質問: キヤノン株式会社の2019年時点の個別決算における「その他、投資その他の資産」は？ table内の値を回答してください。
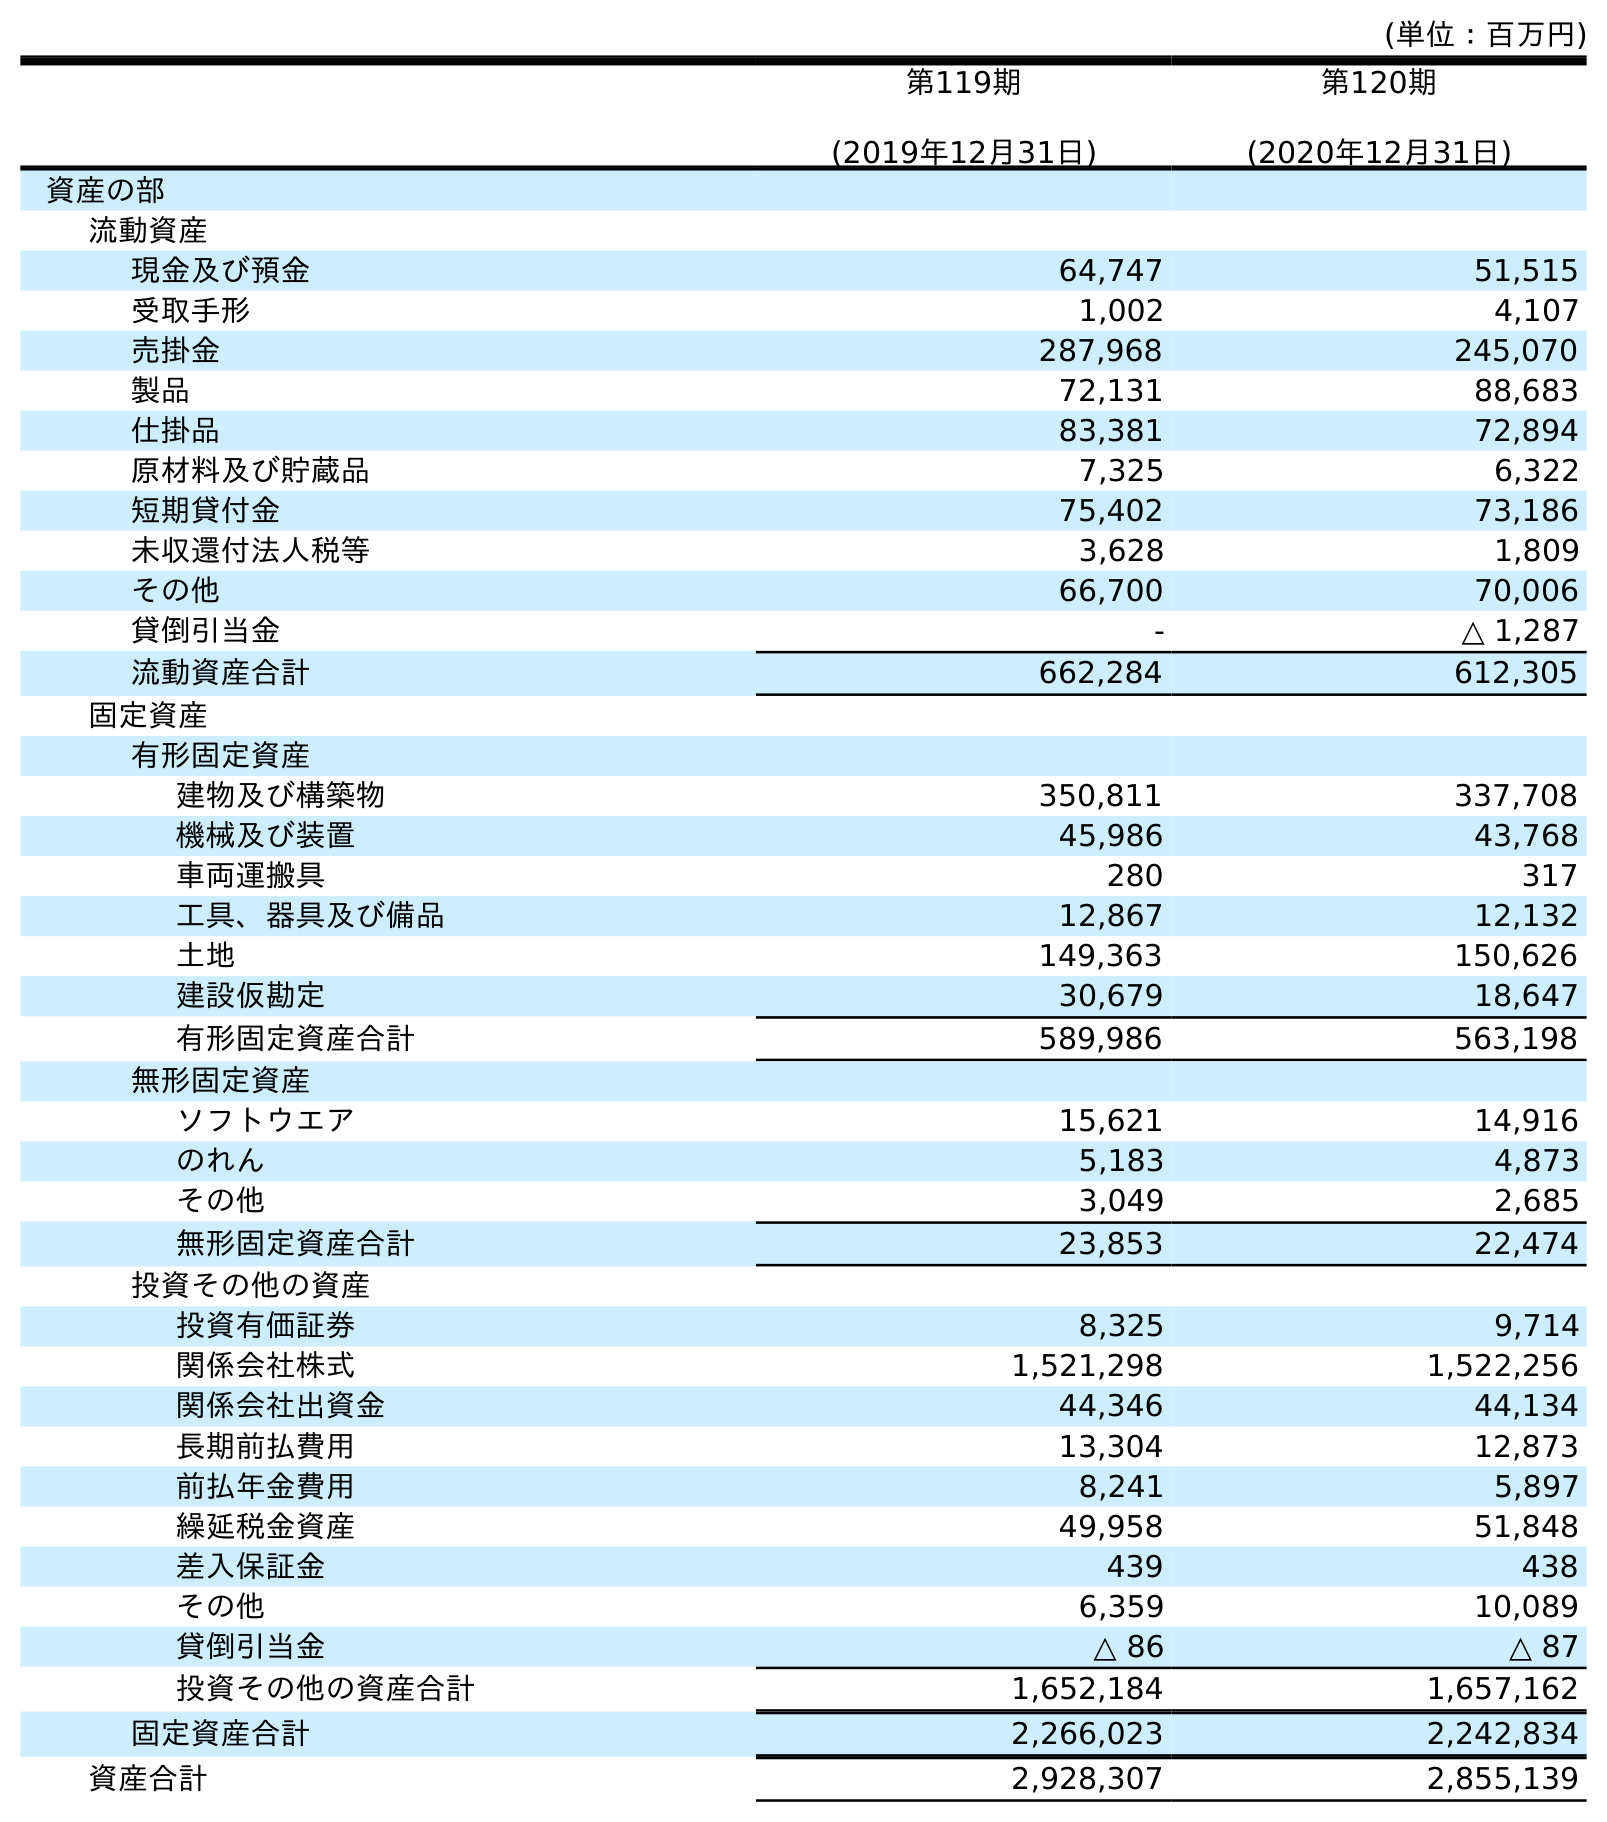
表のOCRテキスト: (単位：百万円) 第119期 (2019年12月31日) 第120期 (2020年12月31日) 資産の部 流動資産 現金及び預金 64,747 51,515 受取手形 1,002 4,107 売掛金 287,968 245,070 製品 72,131 88,683 仕掛品 83,381 72,894 原材料及び貯蔵品 7,325 6,322 短期貸付金 75,402 73,186 未収還付法人税等 3,628 1,809 その他 66,700 70,006 貸倒引当金 - △ 1,287 流動資産合計 662,284 612,305 固定資産 有形固定資産 建物及び構築物 350,811 337,708 機械及び装置 45,986 43,768 車両運搬具 280 317 工具、器具及び備品 12,867 12,132 土地 149,363 150,626 建設仮勘定 30,679 18,647 有形固定資産合計 589,986 563,198 無形固定資産 ソフトウエア 15,621 14,916 のれん 5,183 4,873 その他 3,049 2,685 無形固定資産合計 23,853 22,474 投資その他の資産 投資有価証券 8,325 9,714 関係会社株式 1,521,298 1,522,256 関係会社出資金 44,346 44,134 長期前払費用 13,304 12,873 前払年金費用 8,241 5,897 繰延税金資産 49,958 51,848 差入保証金 439 438 その他 6,359 10,089 貸倒引当金 △ 86 △ 87 投資その他の資産合計 1,652,184 1,657,162 固定資産合計 2,266,023 2,242,834 資産合計 2,928,307 2,855,139
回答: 6,359